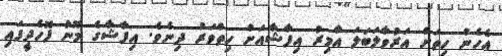
އެހެން ހިތަށް އަރުވާލަބަލަ އާމިރު އިފާޝާއަށް ހިތްވަރު ދިނެވެ. އިފާޝާގެ މޫނު ފޮހެދީފައި